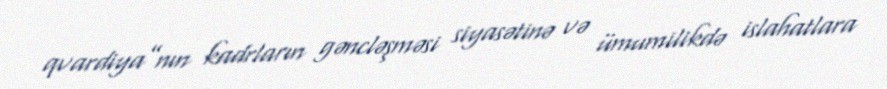
qvardiya”nın kadrların gəncləşməsi siyasətinə və ümumilikdə islahatlara